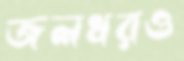
জলধরও